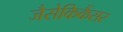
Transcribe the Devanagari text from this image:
जैसेकिकैंसर